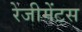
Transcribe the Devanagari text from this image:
रेजीमेंटस